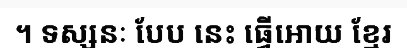
។ ទស្សនៈ បែប នេះ ធ្វើអោយ ខ្មែរ